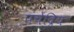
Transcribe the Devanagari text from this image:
पंचेंद्रिय